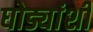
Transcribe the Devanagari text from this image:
घोड्यांशी